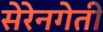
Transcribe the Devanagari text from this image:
सेरेनगेती